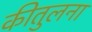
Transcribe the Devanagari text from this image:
कीतुलना